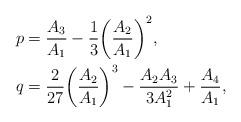
LaTeX: \begin{align*}p &= \frac{{{A_3}}}{{{A_1}}} - \frac{1}{3}{\left( {\frac{{{A_2}}}{{{A_1}}}} \right)^2},\\q &= \frac{2}{{27}}{\left( {\frac{{{A_2}}}{{{A_1}}}} \right)^3} - \frac{{{A_2}{A_3}}}{{3A_1^2}} + \frac{{{A_4}}}{{{A_1}}},\end{align*}